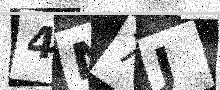
Text: 4N7J